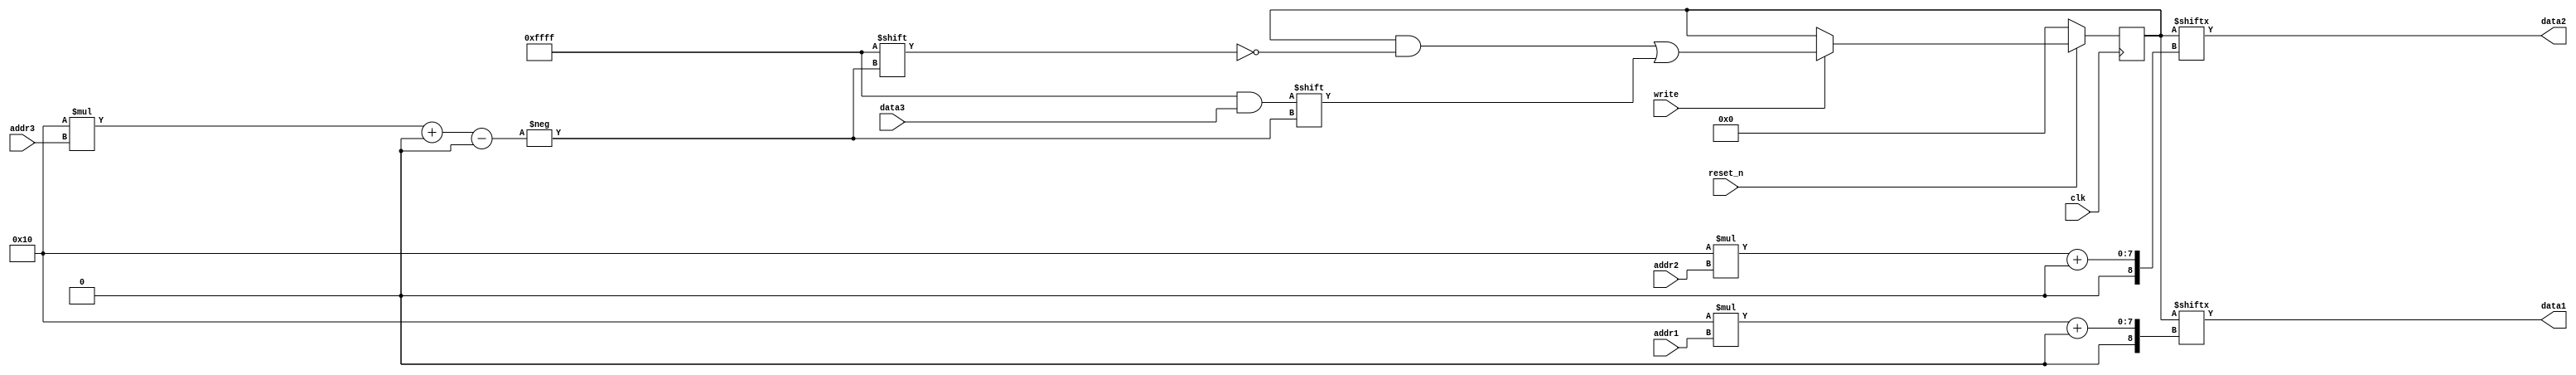
// This program was cloned from: https://github.com/jaywonchung/Verilog-Harvard-CPU
// License: MIT License

//////////////////////////////////////////////////////////////////////////////////
// Organization: SNUECE
// Student: Jaewon Chung
// 
// Module Name: RF
// Project Name: Computer organization Project 2-2
//////////////////////////////////////////////////////////////////////////////////

module RF(
    input write,
    input clk,
    input reset_n,
    input [1:0] addr1,
    input [1:0] addr2,
    input [1:0] addr3,
    output [15:0] data1,
    output [15:0] data2,
    input [15:0] data3
    );
    
    reg [63:0] register;
    /*
    register[63:48] == register[16*3+: 16] (addr is 2'b11)
    register[47:32] == register[16*2+: 16] (addr is 2'b10)
    register[31:16] == register[16*1+: 16] (addr is 2'b01)
    register[15: 0] == register[16*0+: 16] (addr is 2'b00)
    */
    
    always @(posedge clk) begin
        // Synchronous active low reset
    	if (!reset_n) register <= 64'b0;
    	// Synchronous data write
    	else if (write) register[16*addr3+: 16] <= data3;
    end
    
    // Asynchronous data read
    assign data1 = register[16*addr1+: 16];
    assign data2 = register[16*addr2+: 16];
    
endmodule